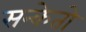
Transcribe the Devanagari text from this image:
सन्केतो